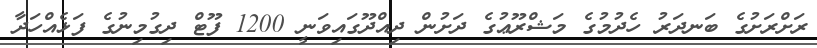
ރަށްރަށުގެ ބަނދަރު ހެދުމުގެ މަޝްރޫޢުގެ ދަށުން ދިއްދޫގައިވަނީ 1200 ފޫޓް ދިގުމިނުގެ ފަޅެއްހަދާ